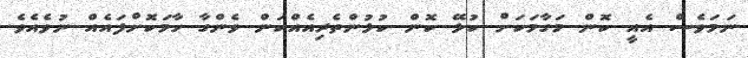
ނަމަވެސް އެއީ ކޮން މަގާމަކަށް ކުޅޭ ކޮން ކުޅުންތެރިއެއްކަން ވެންގާ ހާމަކޮށްފައެއް ނުވެއެވެ.